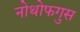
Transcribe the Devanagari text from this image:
नोथोफगुस